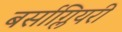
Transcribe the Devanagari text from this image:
बर्साग्लियरी